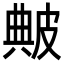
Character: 𤿶